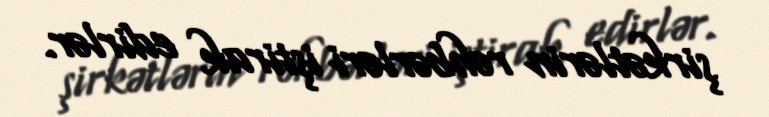
şirkətlərin rəhbərləri iştirak edirlər.